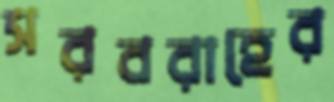
সরবরাহের